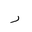
Letter: _ra